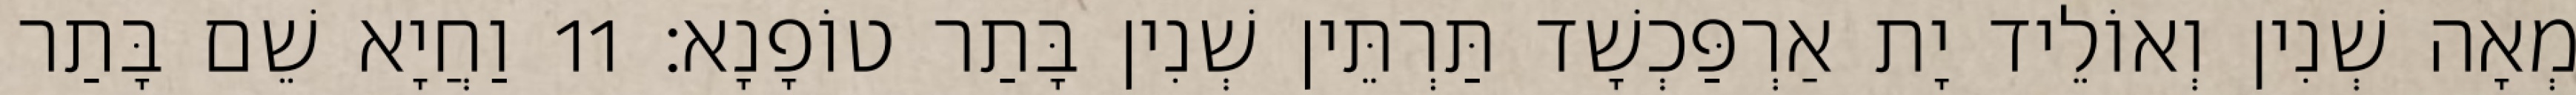
מְאָה שְׁנִין וְאוֹלֵיד יָת אַרְפַּכְשָׁד תַּרְתֵּין שְׁנִין בָּתַר טוֹפָנָא׃ 11 וַחֲיָא שֵׁם בָּתַר